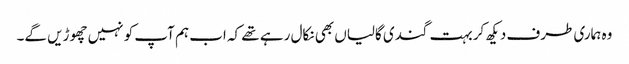
وہ ہماری طرف دیکھ کر بہت گندی گالیاں بھی نکال رہے تھے کہ اب ہم آپ کو نہیں چھوڑیں گے۔